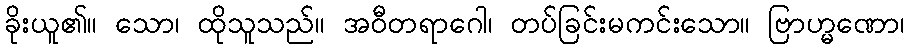
ခိုးယူ၏။ သော၊ ထိုသူသည်။ အဝီတရာဂေါ၊ တပ်ခြင်းမကင်းသော။ ဗြာဟ္မဏော၊